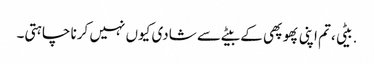
.بیٹی ،تم اپنی پھوپھی کے بیٹے سے شادی کیوں نہیں کرنا چاہتی۔